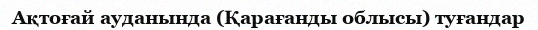
Ақтоғай ауданында (Қарағанды облысы) туғандар